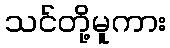
သင်တို့မူကား